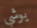
يوشي